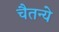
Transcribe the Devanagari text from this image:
चैतन्ये